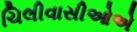
ચિલીવાસીઓએ